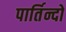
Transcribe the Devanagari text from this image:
पार्तिन्दो